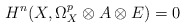
\begin{align*} H^n(X,\Omega^p_X\otimes A\otimes E)=0 \end{align*}